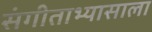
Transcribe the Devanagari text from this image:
संगीताभ्यासाला